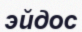
эйдос